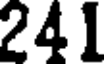
241